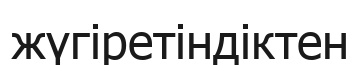
жүгіретіндіктен